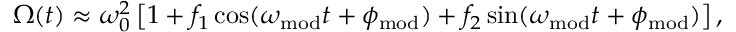
\Omega ( t ) \approx \omega _ { 0 } ^ { 2 } \left[ 1 + f _ { 1 } \cos ( \omega _ { \mathrm { m o d } } t + \phi _ { \mathrm { m o d } } ) + f _ { 2 } \sin ( \omega _ { \mathrm { m o d } } t + \phi _ { \mathrm { m o d } } ) \right] ,